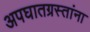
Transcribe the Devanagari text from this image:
अपघातग्रस्तांना